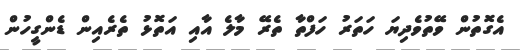
އެގޮތުން ވޭތުވެދިޔަ ހަތަރު ހަފްތާ ތެރޭ މާލެ އާއި އަތޮޅު ތެރެއިން ޑެންގީހުން